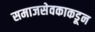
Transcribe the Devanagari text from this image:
समाजसेवकाकडून